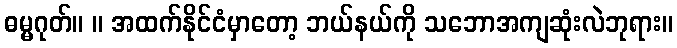
ဓမ္မဂုတ်။ ။ အထက်နိုင်ငံမှာတော့ ဘယ်နယ်ကို သဘောအကျဆုံးလဲဘုရား။